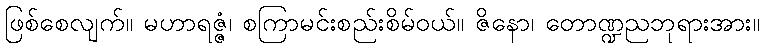
ဖြစ်စေလျက်။ မဟာရဇ္ဇံ၊ စကြာမင်းစည်းစိမ်ဝယ်။ ဇိနော၊ တောဏ္ဍညဘုရားအား။